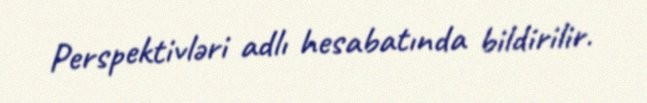
Perspektivləri adlı hesabatında bildirilir.